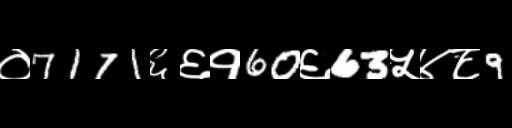
Text: ०7171६६१60६63५४८9